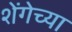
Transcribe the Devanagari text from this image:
शेंगेच्या